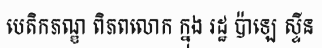
បេតិកភណ្ឌ ពិភពលោក ក្នុង រដ្ឋ ប៉ាឡេ ស្ទីន